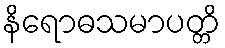
နိရောဓသမာပတ္တိ